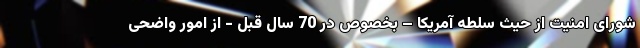
شورای امنیت از حیث سلطه آمریکا – بخصوص در 70 سال قبل - از امور واضحی